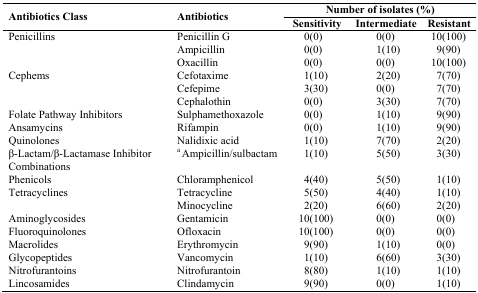
<table><thead><tr><td rowspan="2"><b>Antibiotics Class</b></td><td rowspan="2"><b>Antibiotics</b></td><td colspan="3"><b>Number of isolates (%)</b></td></tr><tr><td><b>Sensitivity</b></td><td><b>Intermediate</b></td><td><b>Resistant</b></td></tr></thead><tbody><tr><td>Penicillins</td><td>Penicillin G</td><td>0(0)</td><td>0(0)</td><td>10(100)</td></tr><tr><td></td><td>Ampicillin</td><td>0(0)</td><td>1(10)</td><td>9(90)</td></tr><tr><td></td><td>Oxacillin</td><td>0(0)</td><td>0(0)</td><td>10(100)</td></tr><tr><td>Cephems</td><td>Cefotaxime</td><td>1(10)</td><td>2(20)</td><td>7(70)</td></tr><tr><td></td><td>Cefepime</td><td>3(30)</td><td>0(0)</td><td>7(70)</td></tr><tr><td></td><td>Cephalothin</td><td>0(0)</td><td>3(30)</td><td>7(70)</td></tr><tr><td>Folate Pathway Inhibitors</td><td>Sulphamethoxazole</td><td>0(0)</td><td>1(10)</td><td>9(90)</td></tr><tr><td>Ansamycins</td><td>Rifampin</td><td>0(0)</td><td>1(10)</td><td>9(90)</td></tr><tr><td>Quinolones</td><td>Nalidixic acid</td><td>1(10)</td><td>7(70)</td><td>2(20)</td></tr><tr><td>β-Lactam/β-Lactamase Inhibitor Combinations</td><td><sup>a</sup> Ampicillin/sulbactam</td><td>1(10)</td><td>5(50)</td><td>3(30)</td></tr><tr><td>Phenicols</td><td>Chloramphenicol</td><td>4(40)</td><td>5(50)</td><td>1(10)</td></tr><tr><td>Tetracyclines</td><td>Tetracycline</td><td>5(50)</td><td>4(40)</td><td>1(10)</td></tr><tr><td></td><td>Minocycline</td><td>2(20)</td><td>6(60)</td><td>2(20)</td></tr><tr><td>Aminoglycosides</td><td>Gentamicin</td><td>10(100)</td><td>0(0)</td><td>0(0)</td></tr><tr><td>Fluoroquinolones</td><td>Ofloxacin</td><td>10(100)</td><td>0(0)</td><td>0(0)</td></tr><tr><td>Macrolides</td><td>Erythromycin</td><td>9(90)</td><td>1(10)</td><td>0(0)</td></tr><tr><td>Glycopeptides</td><td>Vancomycin</td><td>1(10)</td><td>6(60)</td><td>3(30)</td></tr><tr><td>Nitrofurantoins</td><td>Nitrofurantoin</td><td>8(80)</td><td>1(10)</td><td>1(10)</td></tr><tr><td>Lincosamides</td><td>Clindamycin</td><td>9(90)</td><td>0(0)</td><td>1(10)</td></tr></tbody></table>